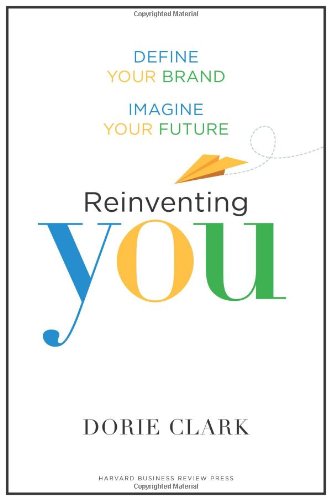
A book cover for Reinventing You: Define Your Brand, Imagine Your Future; Dorie Clark; Reference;